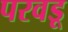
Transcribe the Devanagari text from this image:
परवडू